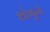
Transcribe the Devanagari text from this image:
शोगुन्ते